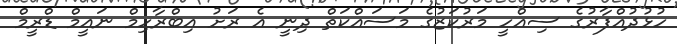
ހުޅުދުއްފާރުގެ ސިއްހީ މަރުކަޒުގެ މަސައްކަތް ދިނީ އެ ރަށު އިބްރާހިމް ނައީމް ޑްރީމް